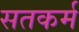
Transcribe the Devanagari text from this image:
सतकर्म